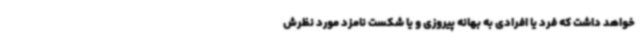
خواهد داشت که فرد یا افرادی به بهانه پیروزی و یا شکست نامزد مورد نظرش